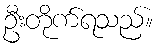
ဦးတိုက်ရသည်။